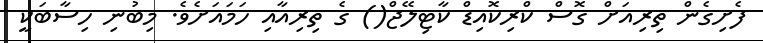
ފެށިގެން ތިރިއަށް ގޮސް ކްރިކޮއިޑް ކާޓިލޭޖް() ގެ ތިރިއާއި ހަމައަށެވެ. މިބުނި ހިސާބަކީ